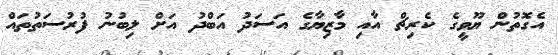
އެގޮތުން ޔޫވީގެ ކެރިޗް އާއި މާޒިޔާގެ އަސަދު އަބްދު އަށް ލިބުނު ފުރުސަތުތައް